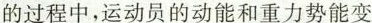
的过程中，运动员的动能和重力势能变